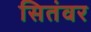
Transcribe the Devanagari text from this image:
सितंवर